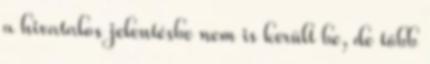
a hivatalos jelentésbe nem is került be, de több